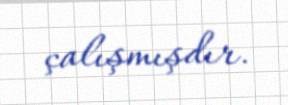
çalışmışdır.